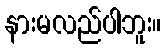
နားမလည်ပါဘူး။